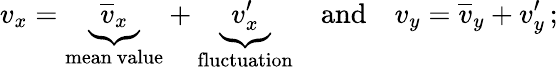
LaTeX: v_{x}=\underbrace{{\overline{{v}}}_{x}}_{\mathrm{mean~value}}+\underbrace{v_{x}^{\prime}}_{\mathrm{fluctuation}}\quad{\mathrm{and}}\quad v_{y}={\overline{{v}}}_{y}+v_{y}^{\prime}\, ;